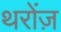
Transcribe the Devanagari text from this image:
थरोंज़